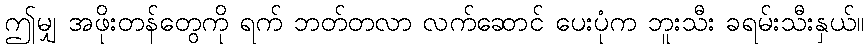
ဤမျှ အဖိုးတန်တွေကို ရက် ဘတ်တလာ လက်ဆောင် ပေးပုံက ဘူးသီး ခရမ်းသီးနှယ်။